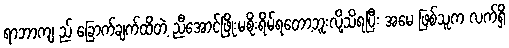
ရာဘာကျ ည် ခြောက်ချက်ထိတဲ့ ညီအောင်ဖြိုးမစိုးရိမ်ရတော့ဘူးလို့သိရပြီး အမေ ဖြစ်သူက လက်ရှိ